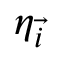
\boldsymbol { \eta } _ { \vec { i } }